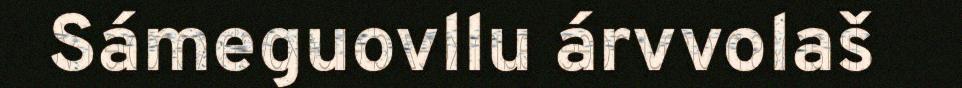
Sámeguovllu árvvolaš